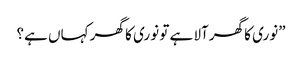
”نوری کا گھرآلا ہے تو نوری کا گھر کہاں ہے؟